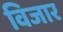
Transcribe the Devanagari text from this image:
विजार